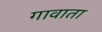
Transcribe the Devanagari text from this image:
गावाता